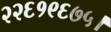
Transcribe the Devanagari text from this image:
२२६१९६७५।